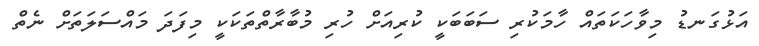
އަޅުގަނޑު މިވާހަކަތައް ހާމަކުރި ސަބަބަކީ ކުރިއަށް ހުރި މުބާރާތްތަކަކީ މިފަދަ މައްސަލަތަށް ނެތް